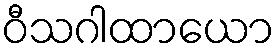
ဝီသဂါထာယော